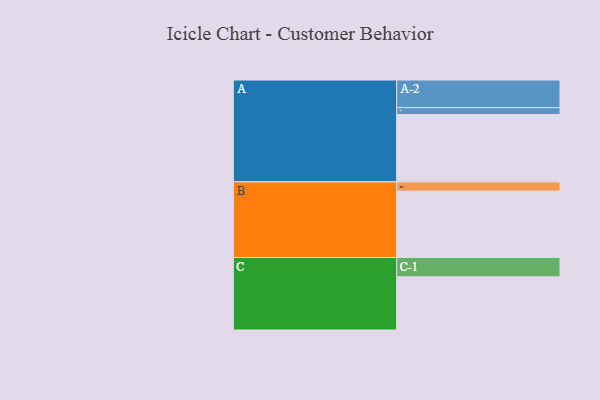
{"axis": {"x": "Segment", "y": "Value"}, "legend": ["", "A", "B", "C"], "data": [{"x": "A", "y": 509, "type": ""}, {"x": "B", "y": 502, "type": ""}, {"x": "C", "y": 402, "type": ""}, {"x": "A-1", "y": 52, "type": "A"}, {"x": "A-2", "y": 209, "type": "A"}, {"x": "B-1", "y": 70, "type": "B"}, {"x": "C-1", "y": 146, "type": "C"}]}